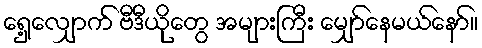
ရှေ့လျှောက် ဗီဒီယိုတွေ အများကြီး မျှော်နေမယ်နော်။